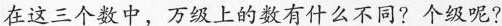
在这三个数中，万级上的数有什么不同?个级呢?